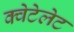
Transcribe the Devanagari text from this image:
क्वेटेलेट